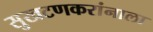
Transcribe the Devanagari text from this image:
सुखटणकरांनाला